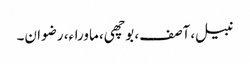
نبیل، آصف، بوچھی، ماوراء، رضوان۔